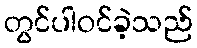
တွင်ပါဝင်ခဲ့သည်